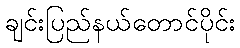
ချင်းပြည်နယ်တောင်ပိုင်း